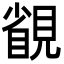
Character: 䚇